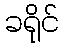
ခရိုင်